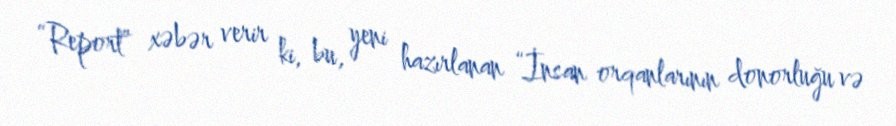
“Report” xəbər verir ki, bu, yeni hazırlanan “İnsan orqanlarının donorluğu və